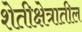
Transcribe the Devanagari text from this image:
शेतीक्षेत्रातील